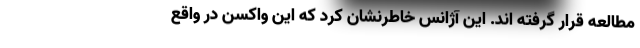
مطالعه قرار گرفته اند. این آژانس خاطرنشان کرد که این واکسن در واقع